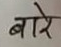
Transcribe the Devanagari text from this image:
बारे